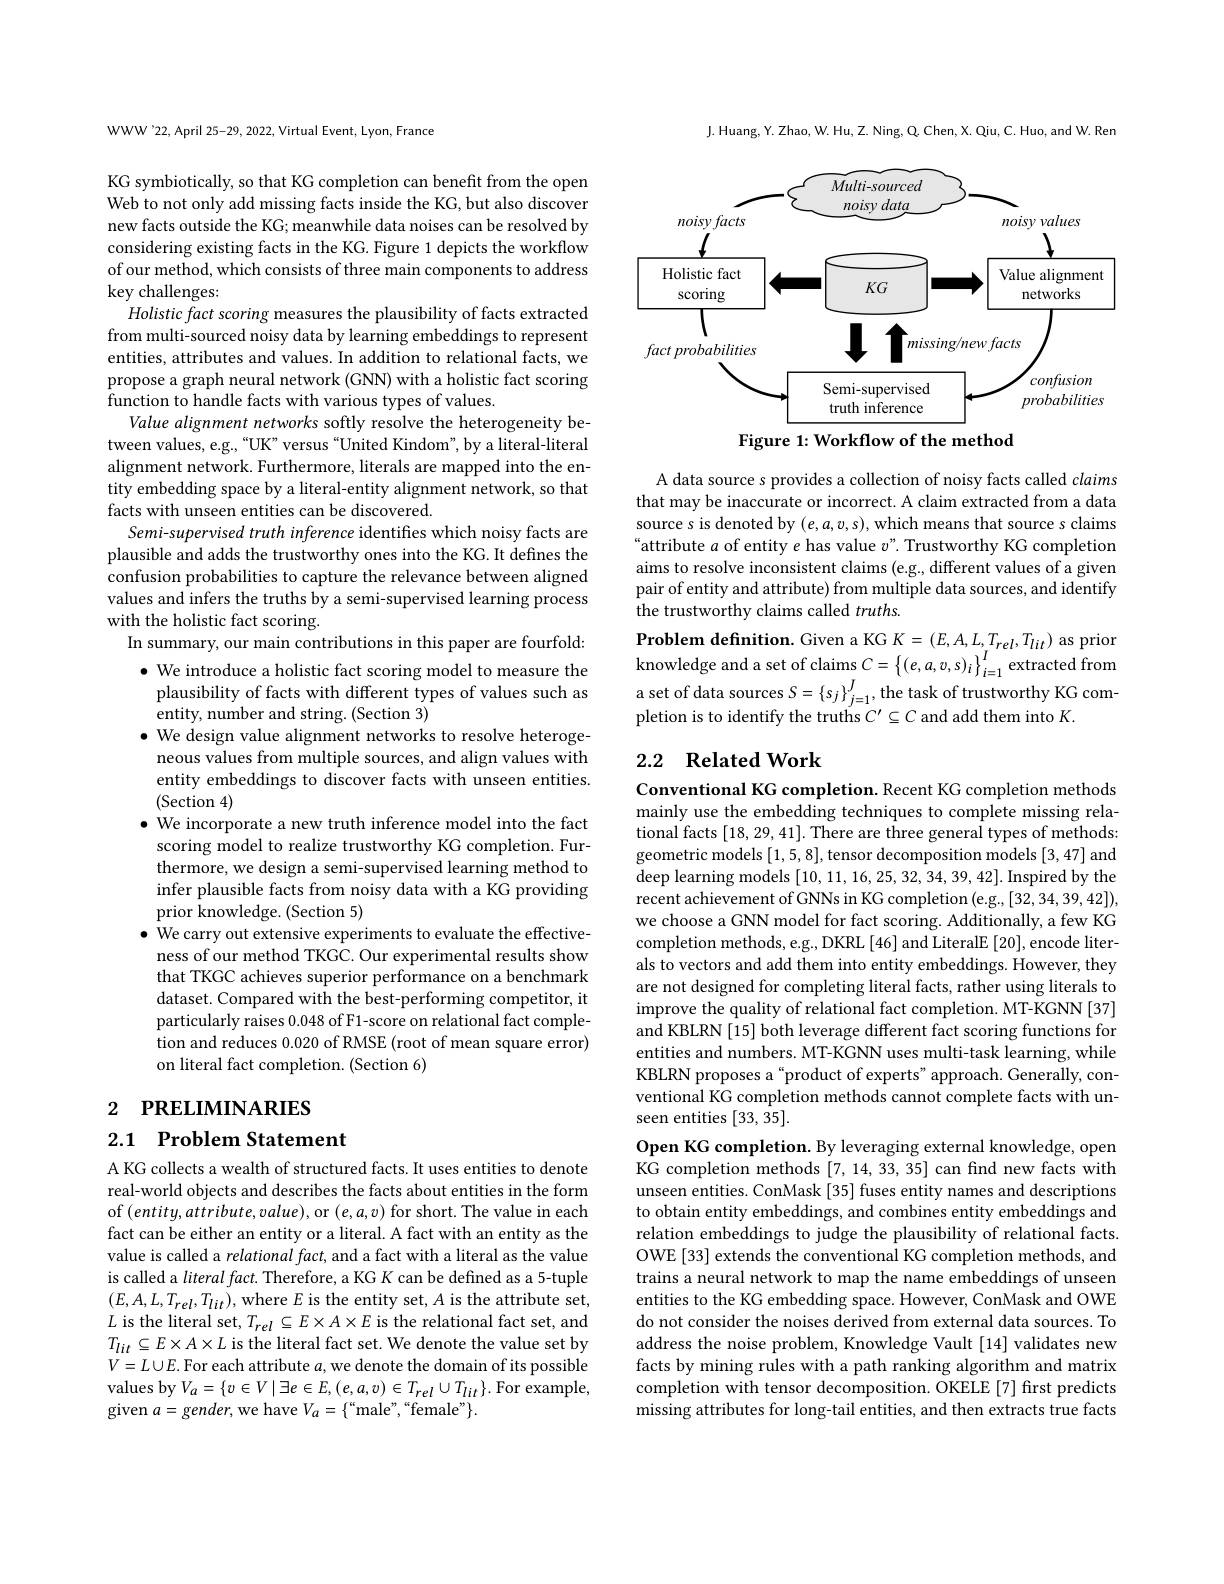
WWW'22, April 25-29, 2022, Virtual Event, Lyon, France

KG symbiotically, so that KG completion can benefit from the open Web to not only add missing facts inside the KG, but also discover new facts outside the KG; meanwhile data noises can be resolved by considering existing facts in the KG. Figure 1 depicts the workflow of our method, which consists of three main components to address key challenges:
Holistic fact scoring measures the plausibility of facts extracted from multi-sourced noisy data by learning embeddings to represent entities, attributes and values. In addition to relational facts, we propose a graph neural network (GNN) with a holistic fact scoring function to handle facts with various types of values.
Value alignment networks softly resolve the heterogeneity between values, e.g.,“UK”versus“United Kindom”, by a literal-literal alignment network. Furthermore, literals are mapped into the entity embedding space by a literal-entity alignment network, so that facts with unseen entities can be discovered.
Semi-supervised truth inference identifies which noisy facts are plausible and adds the trustworthy ones into the KG. It defines the confusion probabilities to capture the relevance between aligned values and infers the truths by a semi-supervised learning process with the holistic fact scoring.
In summary, our main contributions in this paper are fourfold: $\bullet$ We introduce a holistic fact scoring model to measure the plausibility of facts with different types of values such as entity, number and string. (Section 3)
$\bullet$ We design value alignment networks to resolve heterogeneous values from multiple sources, and align values with entity embeddings to discover facts with unseen entities. (Section 4)
$\bullet$ We incorporate a new truth inference model into the fact scoring model to realize trustworthy KG completion. Furthermore, we design a semi-supervised learning method to infer plausible facts from noisy data with a KG providing prior knowledge. (Section 5)
$\bullet$ We carry out extensive experiments to evaluate the effectiveness of our method TKGC. Our experimental results show that TKGC achieves superior performance on a benchmark dataset. Compared with the best-performing competitor, it particularly raises 0.048 of F1-score on relational fact completion and reduces 0.020 of RMSE (root of mean square error) on literal fact completion. (Section 6)
2 РRELIMINARIES

## 2.1 Problem Statement

A KG collects a wealth of structured facts. It uses entities to denote real-world objects and describes the facts about entities in the form of $(entity,attribute,value)$,or $(e,a,v)$ for short. The value in each fact can be either an entity or a literal. A fact with an entity as the value is called a relational fact, and a fact with a literal as the value is called a literal fact. Therefore, a KG K can be defined as a 5-tuple $(E,A,L,T_{rel},T_{lit})$,where $E$ is the entity set, A is the attribute set, $L$ is the literal set, $T_rel\subseteq E\times A\times E$ is the relational fact set, and $T_{lit}\subseteq E\times A\times L$ is the literal fact set. We denote the value set by $V=L\cup E.$ For each attribute $a$,we denote the domain of its possible values by $V_{a}=\{v\in V\mid\exists e\in E,(e,a,v)\in T_{rel}\cup T_{lit}\}.$ For example, given $a=$gender,we have $V_a=\{“$male",“female"$\}.$

J. Huang, Y. Zhao, W. Hu, Z. Ning, Q. Chen, X. Qiu, C. Huo, and W. Ren

<FigureHere>
Figure 1: Workflow of the method

A data source s provides a collection of noisy facts called claims that may be inaccurate or incorrect. A claim extracted from a data source s is denoted by $(e,a,v,s)$, which means that source s claims “attribute $a$ of entity $e$ has value $v$". Trustworthy KG completion aims to resolve inconsistent claims (e.g., different values of a given pair of entity and attribute) from multiple data sources, and identify the trustworthy claims called $truths.$
Problem definition. Given a KG $K=(E,A,L,T_{rel},T_{lit})$ as prior knowledge and a set of claims $C=\left\{(e,a,v,s)_{i}\right\}_{i=1}^{I}$ extracted from a set of data sources $S= \{ s_{j}\} _{j= 1}^{J}$,the task of trustworthy KG com-a set of data sources $S= \{ s_{j}\} _{j= 1}^{J}$,the task of trustworthy KG com-nlation is to idontifv tha truthc $C^{\prime }\subset C$ond add thom into $V$ pletion is to identify the truths $C^\prime\subseteq C$ and add them into K.

# 2.2 Related Work

Conventional KG completion. Recent KG completion methods mainly use the embedding techniques to complete missing relational facts [18, 29, 41]. There are three general types of methods: geometric models [1,5,8],tensor decomposition models [3,47] and deep learning models [10,11,16,25,32,34,39,42]. Inspired by the recent achievement of GNNs in KG completion (e.g.,[32,34,39,42]), we choose a GNN model for fact scoring. Additionally, a few KG completion methods, e.g., DKRL [46] and LiteralE [20], encode literals to vectors and add them into entity embeddings. However, they are not designed for completing literal facts, rather using literals to improve the quality of relational fact completion. MT-KGNN [37] and KBLRN [15] both leverage different fact scoring functions for entities and numbers. MT-KGNN uses multi-task learning, while KBLRN proposes a“product of experts”approach. Generally, conventional KG completion methods cannot complete facts with unseen entities $[33,\dot{35}].$

Open KG completion. By leveraging external knowledge, open KG completion methods [7,14,33,35] can find new facts with unseen entities. ConMask [35] fuses entity names and descriptions to obtain entity embeddings, and combines entity embeddings and relation embeddings to judge the plausibility of relational facts. OWE [33] extends the conventional KG completion methods, and trains a neural network to map the name embeddings of unseen entities to the KG embedding space. However, ConMask and OWE do not consider the noises derived from external data sources. To address the noise problem, Knowledge Vault [14] validates new facts by mining rules with a path ranking algorithm and matrix completion with tensor decomposition. OKELE [7] first predicts missing attributes for long-tail entities, and then extracts true facts